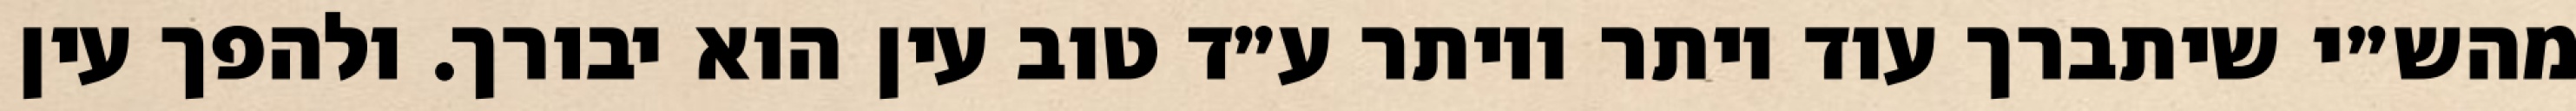
מהש״י שיתברך עוד יותר ויותר ע״ד טוב עין הוא יבורך. ולהפך עין